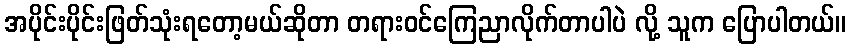
အပိုင်းပိုင်းဖြတ်သုံးရတော့မယ်ဆိုတာ တရားဝင်ကြေညာလိုက်တာပါပဲ လို့ သူက ပြောပါတယ်။